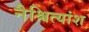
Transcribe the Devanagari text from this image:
नैश्चित्यांश